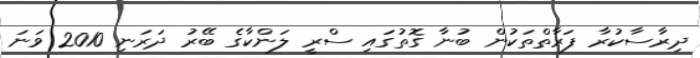
ދިރާސާކުރާ ފަރާތްތަކުން ބުނާ ގޮތުގައި ސްރީ ލަންކާގެ ބޭރު ދަރަނި 2010 ވަނަ